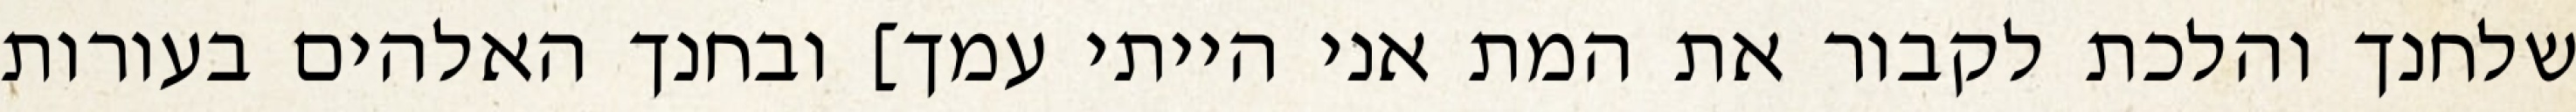
שלחנך והלכת לקבור את המת אני הייתי עמך] ובחנך האלהים בעורות